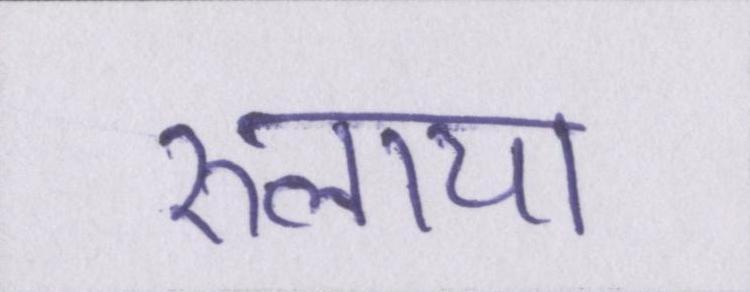
रुलाया